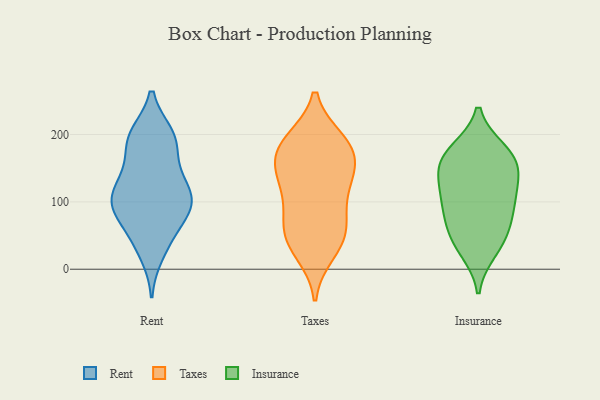
{"axis": {"x": "Shipments", "y": "Value"}, "legend": ["Insurance", "Rent", "Taxes"], "data": [{"x": "", "y": 82, "type": "Rent"}, {"x": "", "y": 199, "type": "Rent"}, {"x": "", "y": 87, "type": "Rent"}, {"x": "", "y": 115, "type": "Rent"}, {"x": "", "y": 146, "type": "Rent"}, {"x": "", "y": 95, "type": "Rent"}, {"x": "", "y": 23, "type": "Rent"}, {"x": "", "y": 87, "type": "Rent"}, {"x": "", "y": 199, "type": "Rent"}, {"x": "", "y": 137, "type": "Rent"}, {"x": "", "y": 195, "type": "Rent"}, {"x": "", "y": 95, "type": "Rent"}, {"x": "", "y": 110, "type": "Rent"}, {"x": "", "y": 49, "type": "Rent"}, {"x": "", "y": 40, "type": "Rent"}, {"x": "", "y": 130, "type": "Rent"}, {"x": "", "y": 102, "type": "Rent"}, {"x": "", "y": 192, "type": "Rent"}, {"x": "", "y": 184, "type": "Rent"}, {"x": "", "y": 53, "type": "Taxes"}, {"x": "", "y": 46, "type": "Taxes"}, {"x": "", "y": 181, "type": "Taxes"}, {"x": "", "y": 108, "type": "Taxes"}, {"x": "", "y": 191, "type": "Taxes"}, {"x": "", "y": 165, "type": "Taxes"}, {"x": "", "y": 73, "type": "Taxes"}, {"x": "", "y": 137, "type": "Taxes"}, {"x": "", "y": 141, "type": "Taxes"}, {"x": "", "y": 39, "type": "Taxes"}, {"x": "", "y": 155, "type": "Taxes"}, {"x": "", "y": 186, "type": "Taxes"}, {"x": "", "y": 76, "type": "Taxes"}, {"x": "", "y": 25, "type": "Taxes"}, {"x": "", "y": 123, "type": "Taxes"}, {"x": "", "y": 188, "type": "Taxes"}, {"x": "", "y": 176, "type": "Insurance"}, {"x": "", "y": 87, "type": "Insurance"}, {"x": "", "y": 62, "type": "Insurance"}, {"x": "", "y": 99, "type": "Insurance"}, {"x": "", "y": 113, "type": "Insurance"}, {"x": "", "y": 107, "type": "Insurance"}, {"x": "", "y": 28, "type": "Insurance"}, {"x": "", "y": 146, "type": "Insurance"}, {"x": "", "y": 143, "type": "Insurance"}, {"x": "", "y": 58, "type": "Insurance"}, {"x": "", "y": 173, "type": "Insurance"}, {"x": "", "y": 151, "type": "Insurance"}, {"x": "", "y": 37, "type": "Insurance"}, {"x": "", "y": 170, "type": "Insurance"}]}